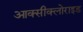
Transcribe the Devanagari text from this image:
आक्‍सीक्‍लोराइड